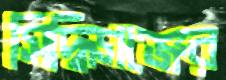
সিদ্ধিগঞ্জের